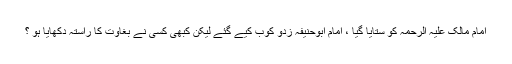
امام مالک علیہ الرحمہ کو ستایا گیا ، امام ابوحنیفہ زدو کوب کیے گئے لیکن کبھی کسی نے بغاوت کا راستہ دکھایا ہو ؟